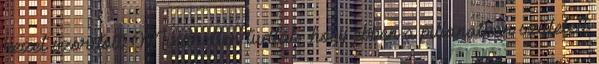
kezet szorított. Mindketten tudták, hogy ebben a pillanatban született